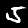
Label: 5